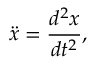
\ddot { x } = \frac { d ^ { 2 } x } { d t ^ { 2 } } ,